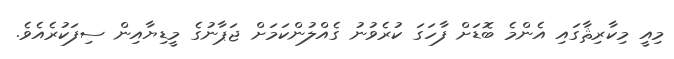
މިއީ މިކާރިޘާގައި އެންމެ ބޮޑަށް ފާހަގަ ކުރެވުނު ގެއްލުންކަމަށް ޖަޕާނުގެ މީޑިޔާއިން ސިފަކުރެއެވެ.